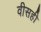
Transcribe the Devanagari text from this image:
वीसही